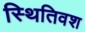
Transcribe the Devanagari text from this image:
स्थितिवश